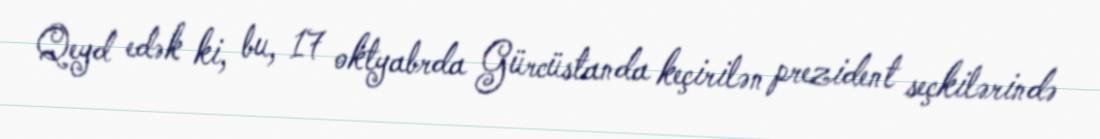
Qeyd edək ki, bu, 17 oktyabrda Gürcüstanda keçirilən prezident seçkilərində